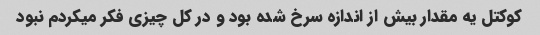
کوکتل یه مقدار بیش از اندازه سرخ شده بود و در کل چیزی فکر میکردم نبود